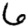
Digit: 6